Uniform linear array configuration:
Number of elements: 64
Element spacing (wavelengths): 0.5
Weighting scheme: hamming
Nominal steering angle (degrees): -60
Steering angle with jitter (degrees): -60.356
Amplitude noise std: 0.05
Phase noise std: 0.05

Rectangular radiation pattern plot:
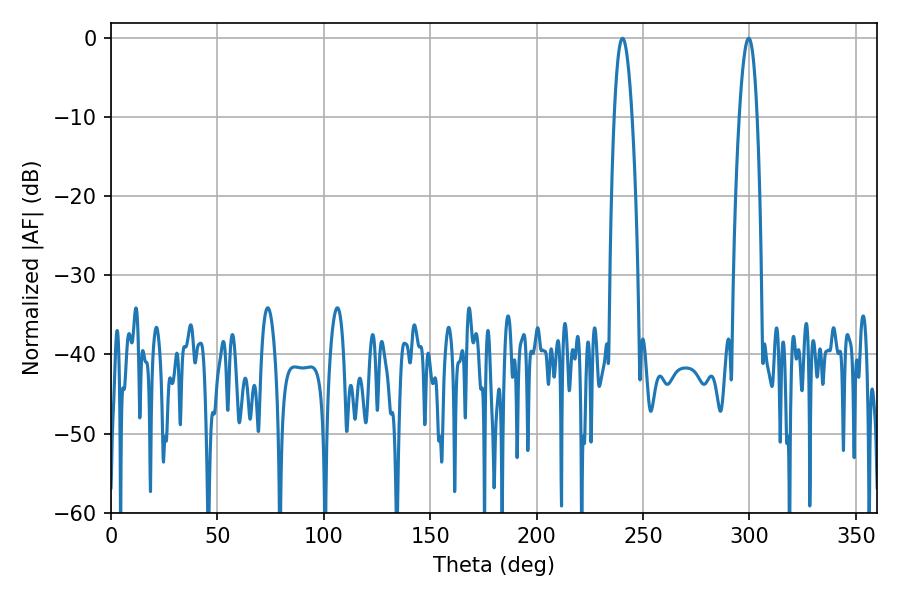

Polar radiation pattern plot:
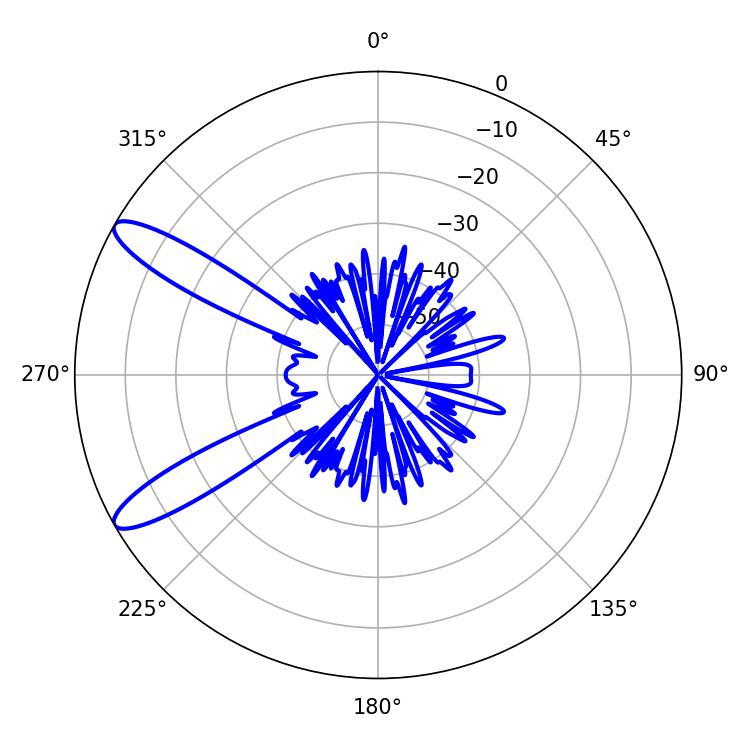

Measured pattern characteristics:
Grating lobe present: FALSE
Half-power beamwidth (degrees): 4.68
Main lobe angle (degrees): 240.3